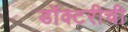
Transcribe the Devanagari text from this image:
डॉक्टरीची